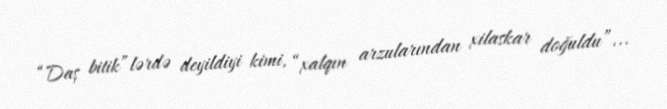
“Daş bitik”lərdə deyildiyi kimi, “xalqın arzularından xilaskar doğuldu”...